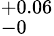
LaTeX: ^{+0.06}_{-0}